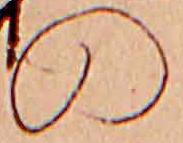
の